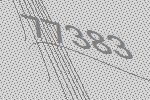
77383